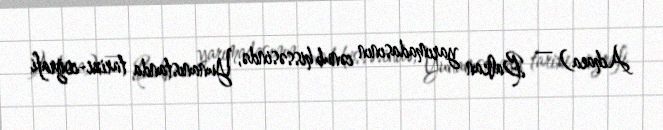
Achaea) — Balkan yarımadasının cənub hissəsində, Yunanıstanda tarixi-coğrafi